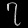
Digit: ၇